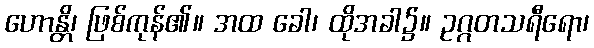
ဟောန္တိ၊ ဖြစ်ကုန်၏။ အထ ခေါ၊ ထိုအခါ၌။ ဥဂ္ဂတသရီရော၊